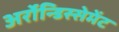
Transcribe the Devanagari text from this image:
अर्रोन्डिस्सेमेंट